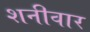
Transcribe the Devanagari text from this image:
शनीवार